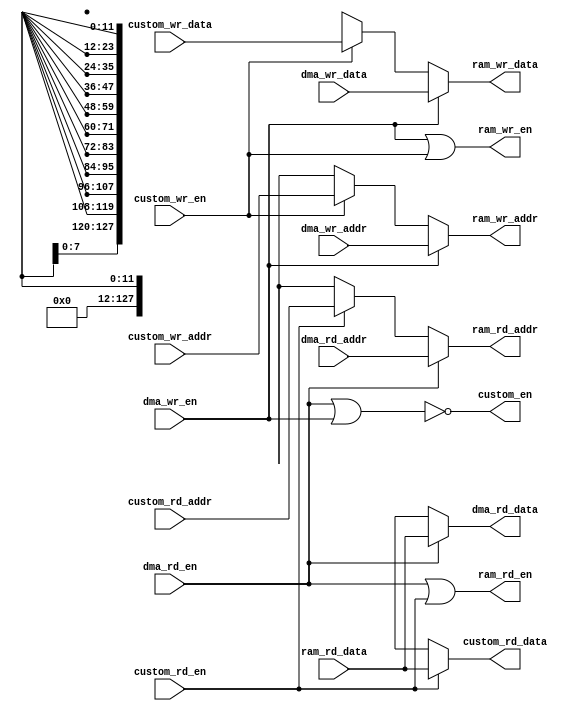
module arbiter  #(  parameter   W_ADDR = 12, 
                    parameter   W_DATA = 128
                )(
                    // Interface with RAM 
                    /* Output to RAM */
                    output  [W_ADDR-1:0]    ram_rd_addr, ram_wr_addr, 
                    output  [W_DATA-1:0]    ram_wr_data,
                    output                  ram_rd_en, ram_wr_en, 
                    /* Input from RAM */
                    input   [W_DATA-1:0]    ram_rd_data, 

                    // Interface with DMA (Master system)
                    /* Output to DMA */
                    output  [W_DATA-1:0]    dma_rd_data, 
                    /* Input from DMA */
                    input   [W_ADDR-1:0]    dma_rd_addr, dma_wr_addr, 
                    input   [W_DATA-1:0]    dma_wr_data,
                    input                   dma_rd_en, dma_wr_en, 

                    // Interface with Custom logic
                    output                  custom_en,     
                    output  [W_DATA-1:0]    custom_rd_data, 
                    /* Input from Custom */
                    input   [W_ADDR-1:0]    custom_rd_addr, custom_wr_addr, 
                    input   [W_DATA-1:0]    custom_wr_data,
                    input                   custom_rd_en, custom_wr_en
                );

                //  Module receives instructions to rd/wr from/to RAM (Endpoint memory)

                //  Determines custom_en
                assign custom_en = ~ (dma_rd_en || dma_wr_en);

                // Read operations 
                assign  ram_rd_en = dma_rd_en || custom_rd_en;
                assign  ram_rd_addr = (dma_rd_en)?  (dma_rd_addr): ((custom_rd_en)?    custom_rd_addr:{W_ADDR{1'bx}});
                assign  dma_rd_data = (dma_rd_en)?  ram_rd_data:{W_DATA{1'bx}}; 
                assign  custom_rd_data = (custom_rd_en)?  ram_rd_data:{W_DATA{1'bx}}; 


              
                // Write operations
                // Input write addr and data to RAM
                assign  ram_wr_en = dma_wr_en || custom_wr_en;
                assign  ram_wr_addr = (dma_wr_en)?  (dma_wr_addr):
                                                    ((custom_wr_en)?    custom_wr_addr:{W_ADDR{1'bx}});
                assign  ram_wr_data = (dma_wr_en)?  (dma_wr_data):
                                                    ((custom_wr_en)?    custom_wr_data:{W_ADDR{1'bx}});
endmodule